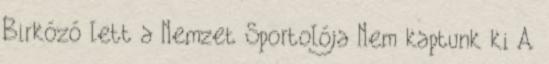
Birkózó lett a Nemzet Sportolója Nem kaptunk ki A